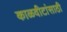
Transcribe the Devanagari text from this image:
काळवीटांसाठी